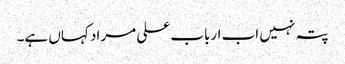
پتہ نہیں اب ارباب علی مراد کہاں ہے۔